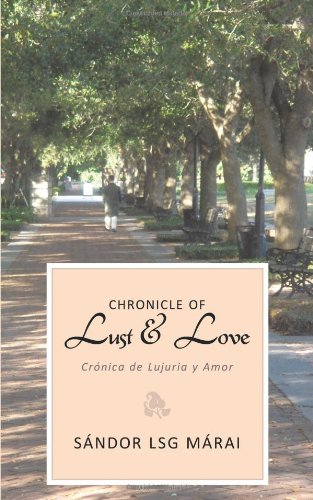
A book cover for Chronicle of Lust & Love: CrÃ³nica de Lujuria y Amor; SÃ¡ndor lsg MÃ¡rai; Romance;